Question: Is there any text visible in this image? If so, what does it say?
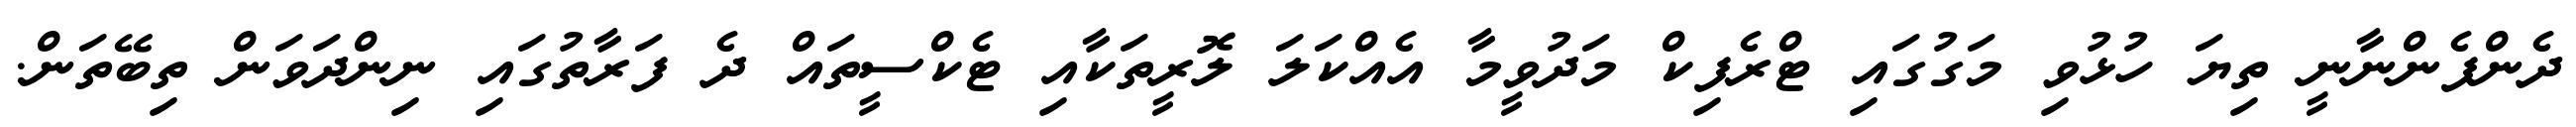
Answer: ދެންފެންނާނީ ތިޔަ ހުޅުވި މަގުގައި ޓްރެފިކް މަދުވީމާ އެއްކަލަ ލޮރީތަކާއި ޓެކްސީތައް ދެ ފަރާތުގައި ނިންދަވަން ތިބޭތަން.